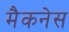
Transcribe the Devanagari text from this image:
मैकनेस